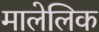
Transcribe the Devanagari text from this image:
मालेलिक